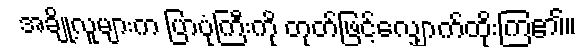
အချို့လူများက ပြာပုံကြီးကို တုတ်ဖြင့်လျှောက်ထိုးကြ၏။